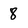
Character: 8